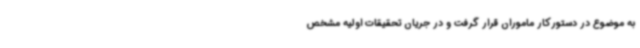
به موضوع در دستورکار ماموران قرار گرفت و در جریان تحقیقات اولیه مشخص